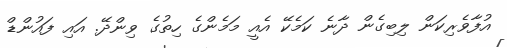
އުފާވެރިކަން ލިބިގެން ދާނެ ކަމެކޭ އެއީ މަމެންގެ ހިތުގެ ވިންދޭ. އައި ފައުންޑް